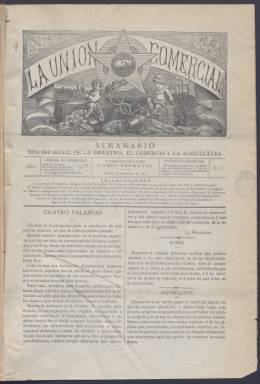
Título: La Unión comercial (Madrid)
Colección: Periódicos
Ámbito geográfico: Madrid
Lugar de publicación: Madrid
Fechas: 02/08/1884-26/07/1885